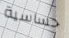
حساسية